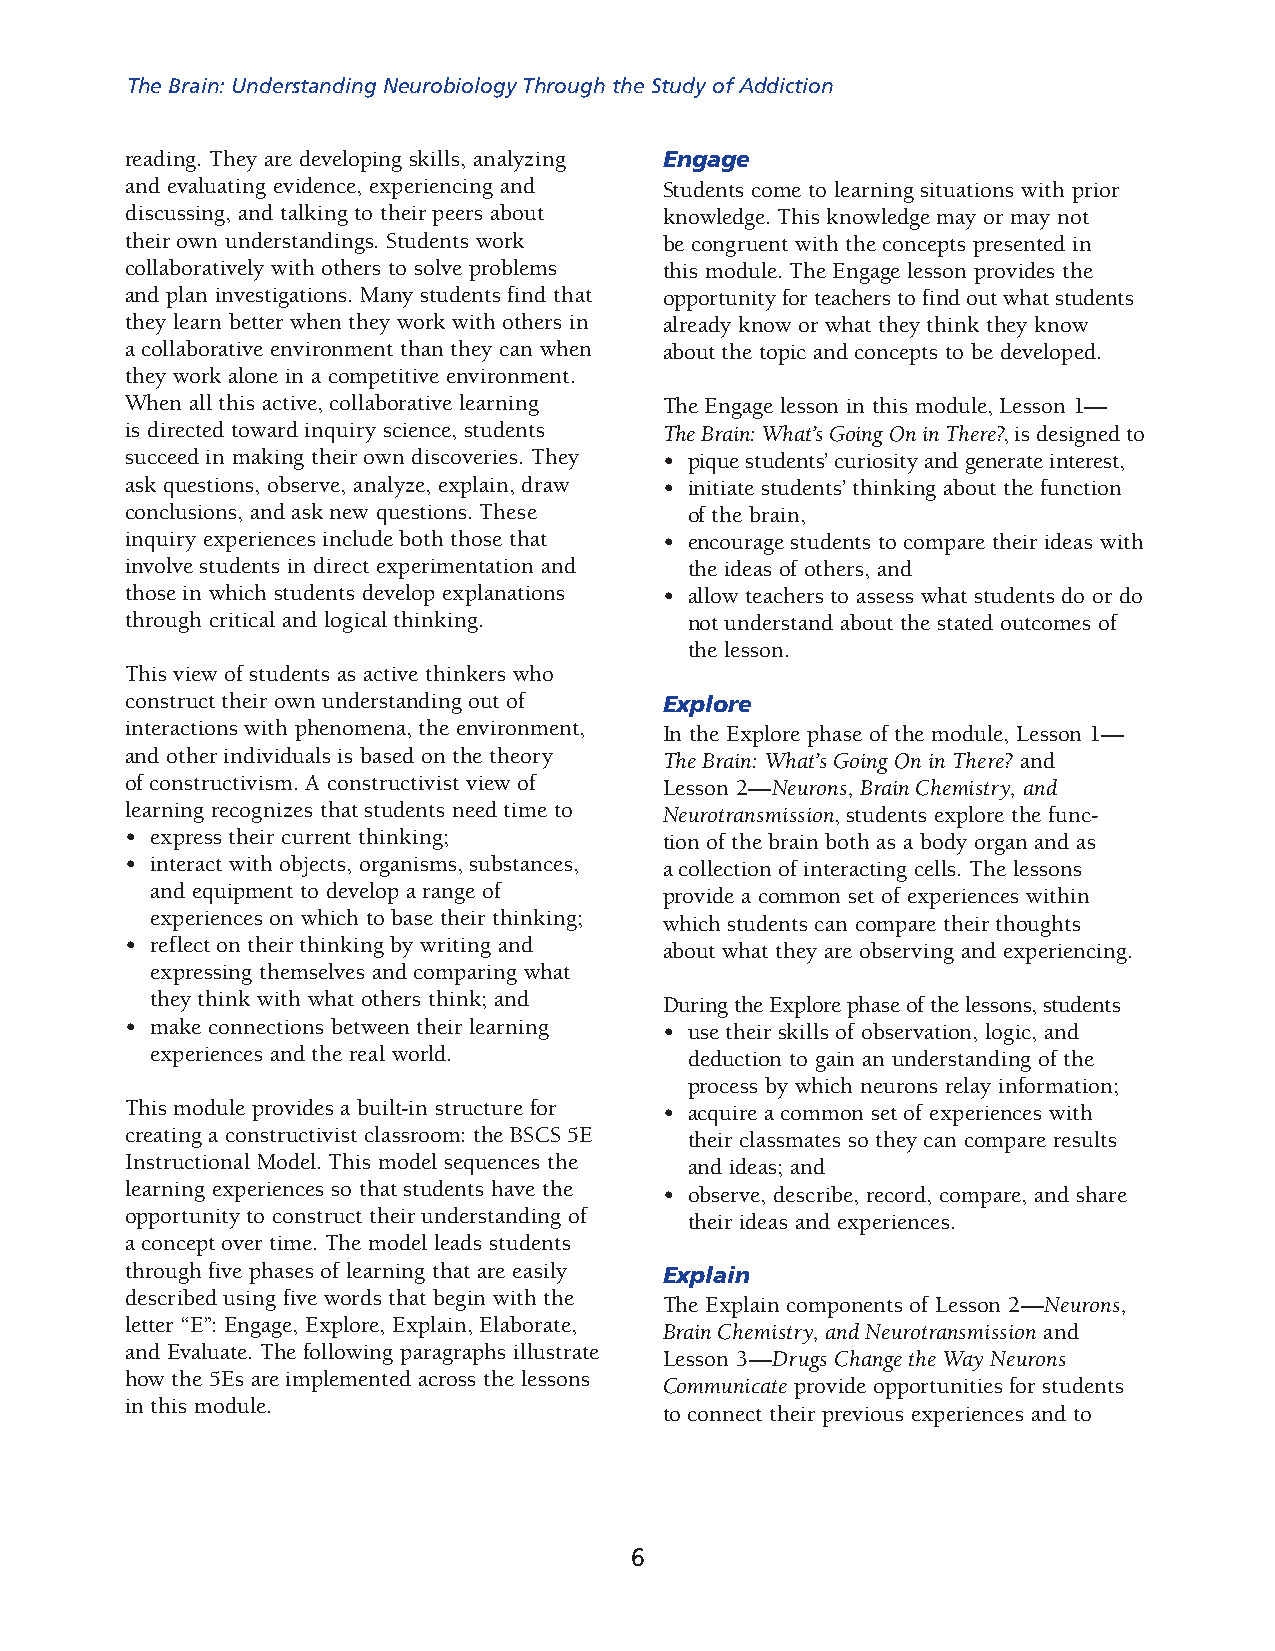
The Brain: Understanding Neurobiology Through the Study of Addiction
 reading. They are developing skills, analyzing Engage
 and evaluating evidence, experiencing and Students come to learning situations with prior
 discussing, and talking to their peers about knowledge. This knowledge may or may not
 their own understandings. Students work be congruent with the concepts presented in
 collaboratively with others to solve problems this module. The Engage lesson provides the
 and plan investigations. Many students find that opportunity for teachers to find out what students
 they learn better when they work with others in already know or what they think they know
 a collaborative environment than they can when about the topic and concepts to be developed.
 they work alone in a competitive environment.
 When all this active, collaborative learning The Engage lesson in this module, Lesson 1—
 is directed toward inquiry science, students The Brain: What’s Going On in There?, is designed to
 succeed in making their own discoveries. They • pique students’ curiosity and generate interest,
 ask questions, observe, analyze, explain, draw • initiate students’ thinking about the function
 conclusions, and ask new questions. These of the brain,
 inquiry experiences include both those that • encourage students to compare their ideas with
 involve students in direct experimentation and the ideas of others, and
 those in which students develop explanations • allow teachers to assess what students do or do
 through critical and logical thinking. not understand about the stated outcomes of
 the lesson.
 This view of students as active thinkers who
 construct their own understanding out of Explore
 interactions with phenomena, the environment, In the Explore phase of the module, Lesson 1—
 and other individuals is based on the theory The Brain: What’s Going On in There? and
 of constructivism. A constructivist view of Lesson 2—Neurons, Brain Chemistry, and
 learning recognizes that students need time to Neurotransmission, students explore the func­
 • express their current thinking;   tion of the brain both as a body organ and as
 • interact with objects, organisms, substances, a collection of interacting cells. The lessons
 and equipment to develop a range of provide a common set of experiences within
 experiences on which to base their thinking; which students can compare their thoughts
 • reflect on their thinking by writing and about what they are observing and experiencing.
 expressing themselves and comparing what
 they think with what others think; and During the Explore phase of the lessons, students
 • make connections between their learning • use their skills of observation, logic, and
 experiences and the real world.     deduction to gain an understanding of the
 process by which neurons relay information;
 This module provides a built-in structure for • acquire a common set of experiences with
 creating a constructivist classroom: the BSCS 5E their classmates so they can compare results
 Instructional Model. This model sequences the and ideas; and
 learning experiences so that students have the • observe, describe, record, compare, and share
 opportunity to construct their understanding of their ideas and experiences.
 a concept over time. The model leads students
 through five phases of learning that are easily Explain
 described using five words that begin with the
 The Explain components of Lesson 2—Neurons,
 letter “E”: Engage, Explore, Explain, Elaborate,
 Brain Chemistry, and Neurotransmission and
 and Evaluate. The following paragraphs illustrate
 Lesson 3—Drugs Change the Way Neurons
 how the 5Es are implemented across the lessons
 Communicate provide opportunities for students
 in this module.
 to connect their previous experiences and to
 6